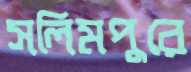
সলিমপুরে